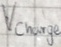
Text: Vcharge